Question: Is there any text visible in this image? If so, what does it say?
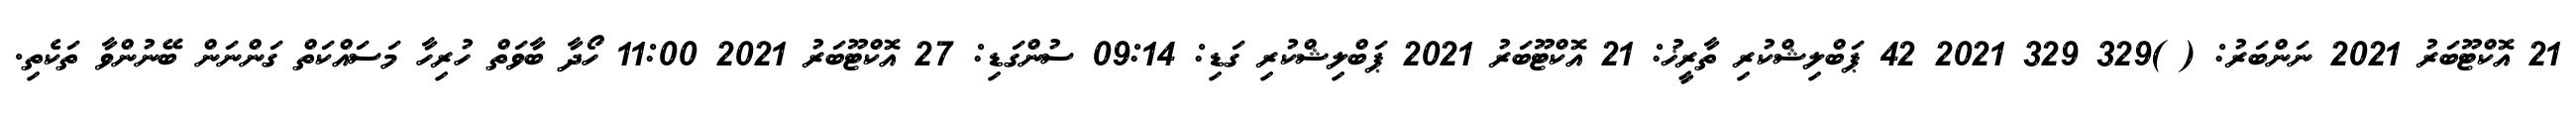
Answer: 21 އޮކްޓޫބަރު 2021 ނަންބަރު: ( )329 329 2021 42 ޕަބްލިޝްކުރި ތާރީޚު: 21 އޮކްޓޫބަރު 2021 ޕަބްލިޝްކުރި ގަޑި: 09:14 ސުންގަޑި: 27 އޮކްޓޫބަރު 2021 11:00 ހޯދާ ބާވަތް ހުރިހާ މަސައްކަތް ގަންނަން ބޭނުންވާ ތަކެތި.